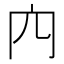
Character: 𠕉